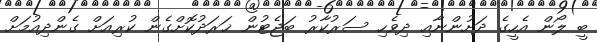
ބީ ލޯން އެހީގެ ދަށުންނާއި ދިވެހި ސަރުކާރު ބަޖެޓުން ޚަރަދުކޮށްގެން ކުރިއަށް ގެންދިއުމަށް